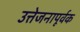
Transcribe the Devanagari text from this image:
उत्तेजनापूर्वक